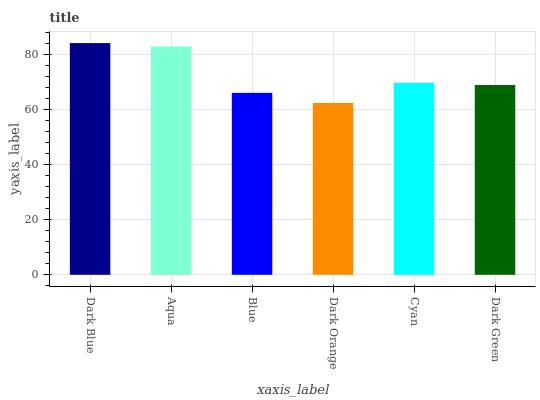
| xaxis_label | bars |
 | --- | --- |
 | Dark Blue | 84.3 |
 | Aqua | 83.1 |
 | Blue | 66.2 |
 | Dark Orange | 62.5 |
 | Cyan | 69.8 |
 | Dark Green | 69 |